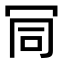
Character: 𠖄